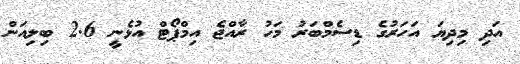
އަދި މިދިޔަ އަހަރުގެ ޑިސެމްބަރު މަހު ރާއްޖެ އިމްޕޯޓް އުޅެނީ 2.6 ބިލިއަން